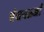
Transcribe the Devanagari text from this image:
बंधनऊर्जा